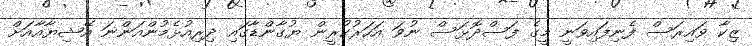
ޒިކާ ވައިރަސް ފެނިފައިވަނީ މީގެ ފަސްދޮޅަސް ނުވަ އަހަރުކުރީން ޔުގާންޑާގައި ދިރިއުޅެމުންއަންނަ އޭޝިޔާއާއަށް